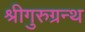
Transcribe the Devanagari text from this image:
श्रीगुरुग्रन्थ